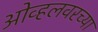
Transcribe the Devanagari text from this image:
ओव्हलवरच्या